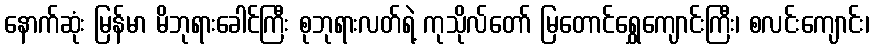
နောက်ဆုံး မြန်မာ မိဘုရားခေါင်ကြီး စုဘုရားလတ်ရဲ့ ကုသိုလ်တော် မြတောင်ရွှေကျောင်းကြီး၊ စလင်းကျောင်း၊